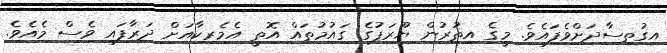
އިގުތިސާދަށްވެފައެވެ. މީގެ އިތުރުން ޔޫރަޕުގެ ގައުމުތައް އޮތީ އެމެރިކާއަށް ދަރާފައި ވެސް މެއެވެ.